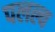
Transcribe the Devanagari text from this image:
पलल्व